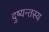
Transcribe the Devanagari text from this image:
दुष्यन्तस्य